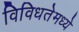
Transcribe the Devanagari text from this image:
विविधतेमध्ये